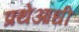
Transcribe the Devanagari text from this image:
प्रथेआधी